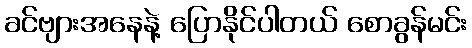
ခင်ဗျားအနေနဲ့ ပြောနိုင်ပါတယ် စောခွန်မင်း